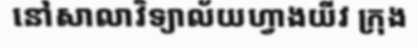
នៅសាលាវិទ្យាល័យហ្វាងយីវ ក្រុង